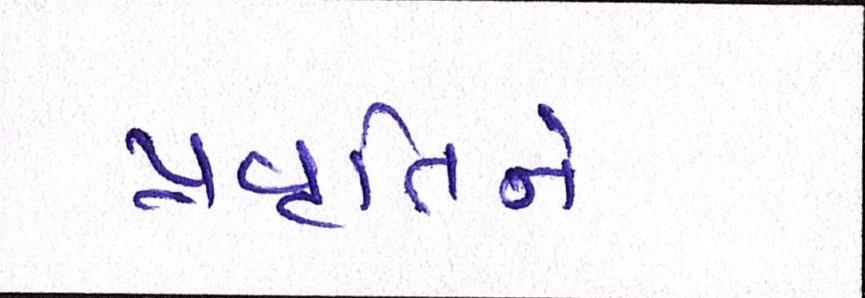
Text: પ્રવૃતિને